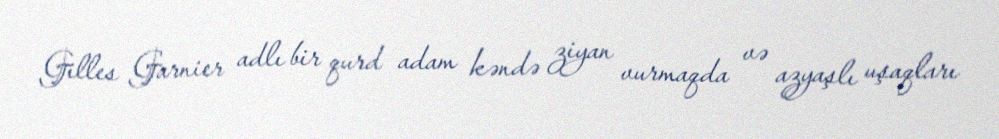
Gilles Garnier adlı bir qurd adam kəndə ziyan vurmaqda və azyaşlı uşaqları